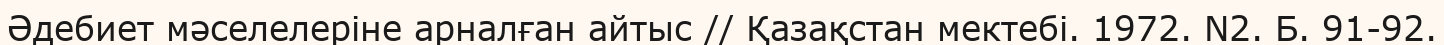
Әдебиет мәселелеріне арналған айтыс // Қазақстан мектебі. 1972. N2. Б. 91-92.